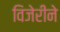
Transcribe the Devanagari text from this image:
विजेरीने